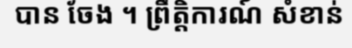
បាន ចែង ។ ព្រឹត្តិការណ៍ សំខាន់